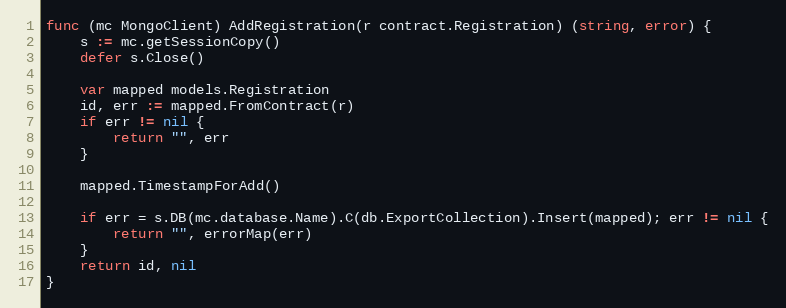
Language: Go
func (mc MongoClient) AddRegistration(r contract.Registration) (string, error) {
	s := mc.getSessionCopy()
	defer s.Close()

	var mapped models.Registration
	id, err := mapped.FromContract(r)
	if err != nil {
		return "", err
	}

	mapped.TimestampForAdd()

	if err = s.DB(mc.database.Name).C(db.ExportCollection).Insert(mapped); err != nil {
		return "", errorMap(err)
	}
	return id, nil
}